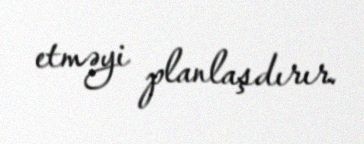
etməyi planlaşdırır.